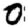
Digit: 0